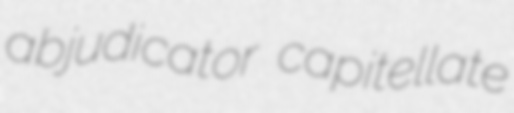
abjudicator capitellate